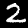
Label: 2